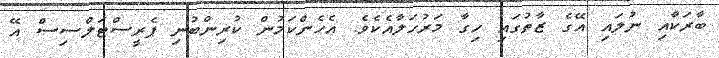
ބާރަކާއި ނުލައި އޭގެ ޒާތުގައި ހިގާ މަރުހަލާއެކެވެ. އެހެންކަމުން ކުރިންބުނި ޕެރީސްޓަލްސިސް އޭ